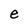
Character: e